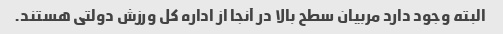
البته وجود دارد مربیان سطح بالا در آنجا از اداره کل ورزش دولتی هستند.